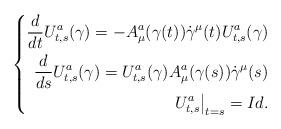
LaTeX: \begin{align*} \left\{\begin{aligned} \frac d{dt}U^a_{t,s}(\gamma)=-A^a_\mu(\gamma(t))\dot{\gamma}^\mu(t)U^a_{t,s}(\gamma)\\ \frac d{ds}U^a_{t,s}(\gamma)=U^a_{t,s}(\gamma)A^a_\mu(\gamma(s))\dot{\gamma}^\mu(s)\\\left.U^a_{t,s}\right|_{t=s}=Id.\end{aligned}\right.\end{align*}